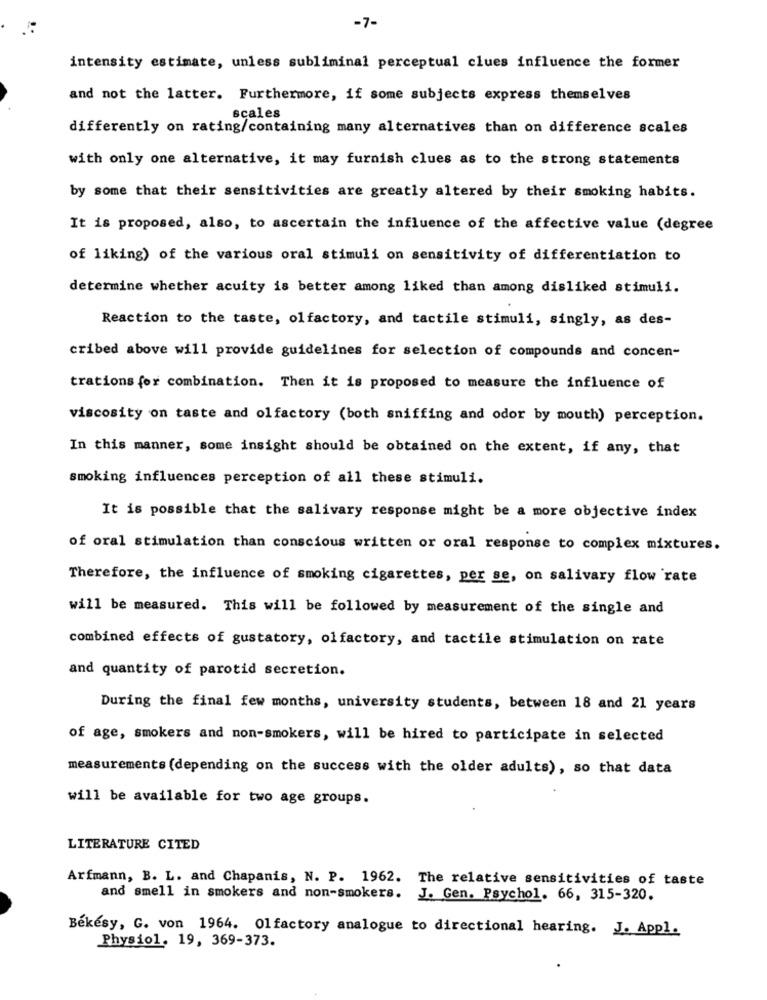
-7-
intensity estimate, unless subliminal perceptual clues influence the former
and not the latter. Furthermore, if some subjects express themselves
scales
differently on rating/containing many alternatives than on difference scales
with only one alternative, it may furnish clues as to the strong statements
by some that their sensitivities are greatly altered by their smoking habits.
It is proposed, also, to ascertain the influence of the affective value (degree
of liking) of the various oral stimuli on sensitivity of differentiation to
determine whether acuity is better among liked than among disliked stimuli.
Reaction to the taste, olfactory, and tactile stimuli, singly, as des-
cribed above will provide guidelines for selection of compounds and concen-
trations for combination. Then it is proposed to measure the influence of
viscosity on taste and olfactory (both sniffing and odor by mouth) perception.
In this manner, some insight should be obtained on the extent, if any, that
smoking influences perception of all these stimuli.
It is possible that the salivary response might be a more objective index
of oral stimulation than conscious written or oral response to complex mixtures.
Therefore, the influence of smoking cigarettes, per se, on salivary flow rate
will be measured. This will be followed by measurement of the single and
combined effects of gustatory, olfactory, and tactile stimulation on rate
and quantity of parotid secretion.
During the final few months, university students, between 18 and 21 years
of age, smokers and non-smokers, will be hired to participate in selected
measurements (depending on the success with the older adults), so that data
will be available for two age groups.
LITERATURE CITED
Arfmann, B. L. and Chapanis, N. P. 1962. The relative sensitivities of taste
and smell in smokers and non-smokers. J. Gen. Psychol. 66, 315-320.
Békésy, G. von 1964. Olfactory analogue to directional hearing. J. Appl.
Physiol. 19, 369-373.